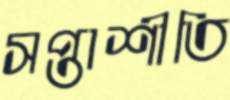
সপ্তাশীতি